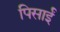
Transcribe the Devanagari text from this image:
पिसाईं